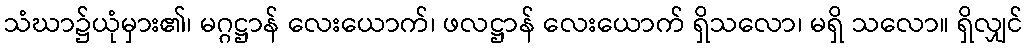
သံဃာ၌ယုံမှား၏၊ မဂ္ဂဋ္ဌာန် လေးယောက်၊ ဖလဋ္ဌာန် လေးယောက် ရှိသလော၊ မရှိ သလော။ ရှိလျှင်